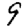
Digit: 9